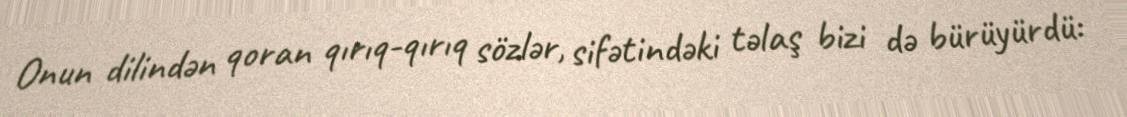
Onun dilindən qoran qırıq-qırıq sözlər, sifətindəki təlaş bizi də bürüyürdü: